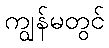
ကျွန်မတွင်